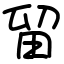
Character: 留